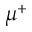
\mu ^ { + }